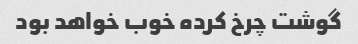
گوشت چرخ کرده خوب خواهد بود